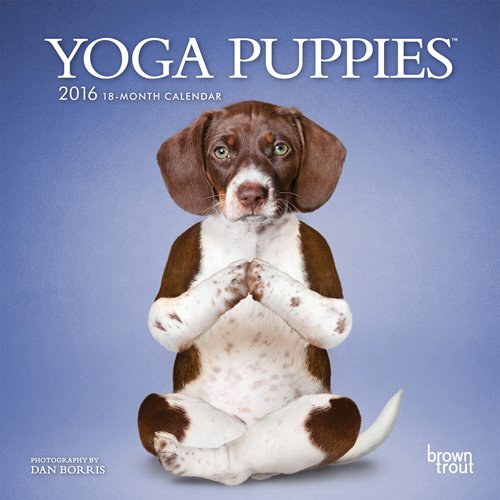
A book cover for Yoga Puppies 2016 Mini 7x7; Browntrout Publishers; Calendars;